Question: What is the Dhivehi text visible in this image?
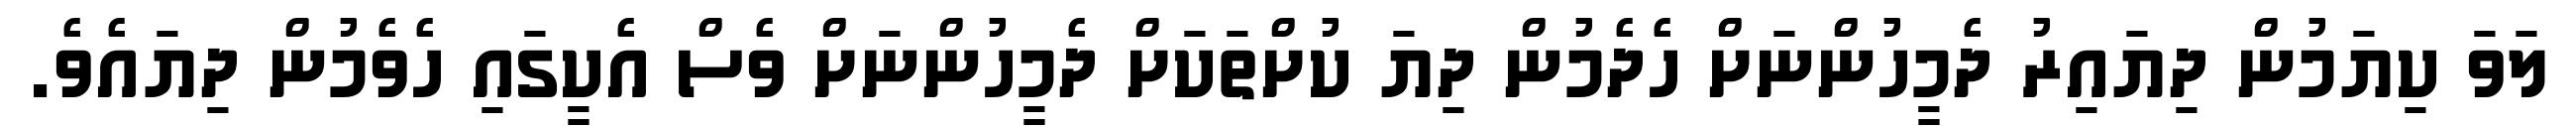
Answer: ލަވަ ކިޔަމުން ދިޔައިރު ދެމީހުންނަށް ހެދެމުން ދިޔަ ކުށްތަކަށް ދެމީހުންނަށް ވެސް އެކީގައި ހެވެމުން ދިޔައެވެ.